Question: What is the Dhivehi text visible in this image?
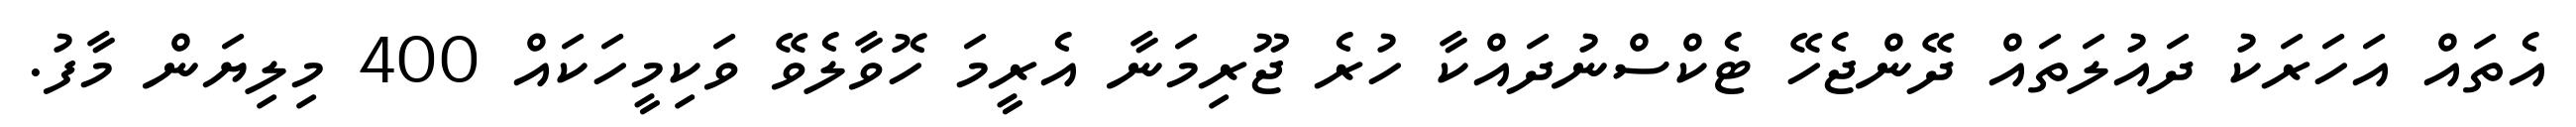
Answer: އެތައް އަހަރަކު ދައުލަތައް ދޭންޖެހޭ ޓެކްސްނުދައްކާ ހުރެ ޖޫރިމަނާ އެރީމަ ހޮވާލެވޭ ވަކިމީހަކައް 400 މިލިޔަން މާފު.